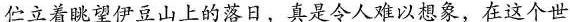
伫立着眺望伊豆山上的落日，真是令人难以想象，在这个世